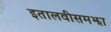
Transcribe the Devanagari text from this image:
इतालवीसमझा